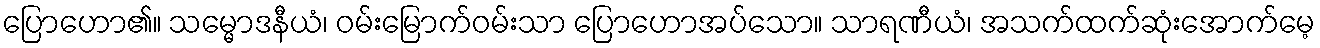
ပြောဟော၏။ သမ္မောဒနီယံ၊ ဝမ်းမြောက်ဝမ်းသာ ပြောဟောအပ်သော။ သာရဏီယံ၊ အသက်ထက်ဆုံးအောက်မေ့